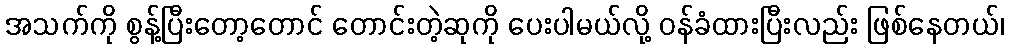
အသက်ကို စွန့်ပြီးတော့တောင် တောင်းတဲ့ဆုကို ပေးပါမယ်လို့ ဝန်ခံထားပြီးလည်း ဖြစ်နေတယ်၊